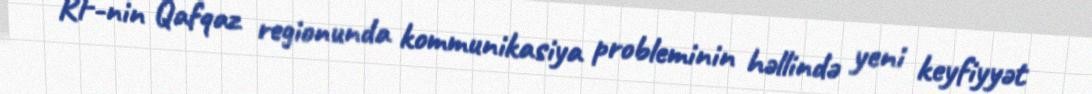
RF-nin Qafqaz regionunda kommunikasiya probleminin həllində yeni keyfiyyət